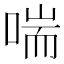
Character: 喘